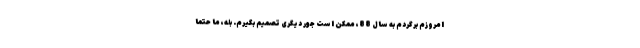
امروزم برگردم به سال 88، ممکن است جور دیگری تصمیم بگیرم. بله، ما حتما